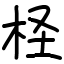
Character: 柽